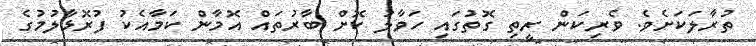
ތުރާލަކަށެވެ. ވެރިކަން ރީތި ގޮތުގައި ހަވާލު ކޮށް ބާރުތައް އޮމާން ކަމާއެކު ފުރޮޅާލުމުގެ